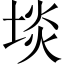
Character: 埮